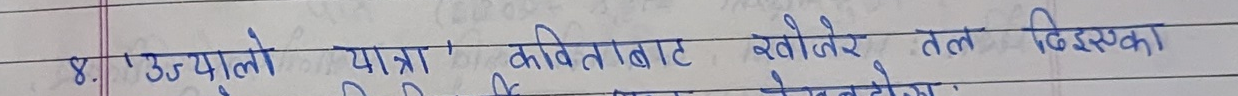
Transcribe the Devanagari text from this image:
४. 'उज्यालो यात्रा' कविताबाट खोजीने तत्व किस्का